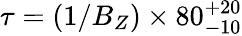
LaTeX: \tau=(1/B_{Z})\times 80_{-10}^{+20}